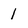
Character: 1